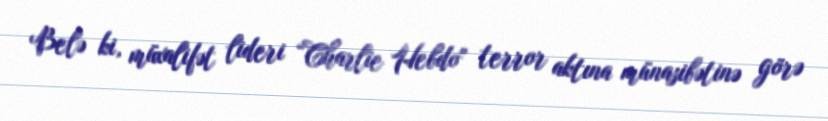
Belə ki, müxalifət lideri “Charlie Hebdo" terror aktına münasibətinə görə